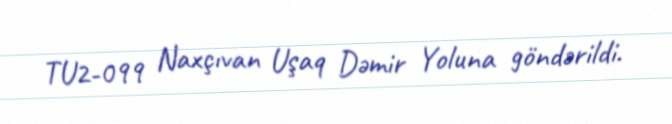
TU2-099 Naxçıvan Uşaq Dəmir Yoluna göndərildi.